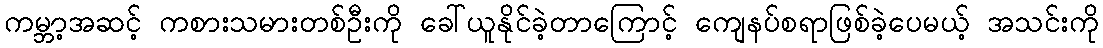
ကမ္ဘာ့အဆင့် ကစားသမားတစ်ဦးကို ခေါ်ယူနိုင်ခဲ့တာကြောင့် ကျေနပ်စရာဖြစ်ခဲ့ပေမယ့် အသင်းကို